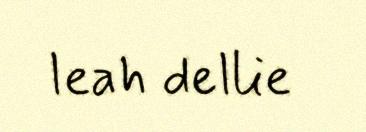
leah dellie